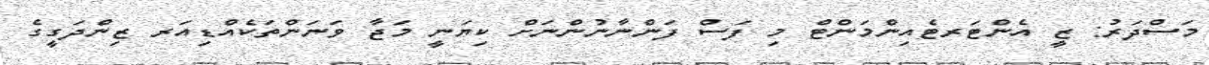
މަސްދަރު: ޒީ އެންޓަރޓެއިންމަންޓް މި ފަސް ފަންނާނުންނަށް ކިޔަނީ މަޖާ ވަނަންތަކެއްޑިއަރ ޒިންދަގީގެ